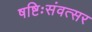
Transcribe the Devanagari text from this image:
षष्टिःसंवत्सर